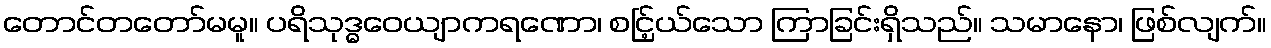
တောင်တတော်မမူ။ ပရိသုဒ္ဓဝေယျာကရဏော၊ စင်ြ့ယ်သော ကြာခြင်းရှိသည်။ သမာနော၊ ဖြစ်လျက်။